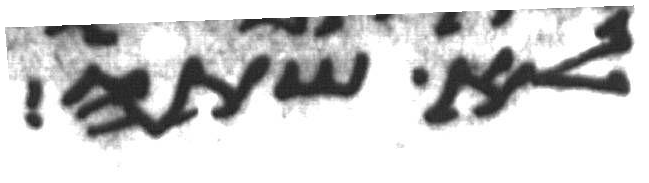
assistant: לא שתה